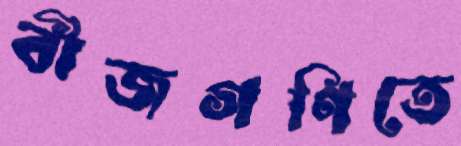
বীজগণিতে